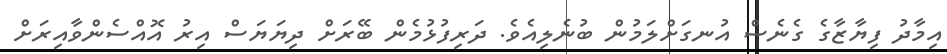
އިމާދު ފިޔާޒާގެ ގެނެސް އުނގަށްލަމުން ބުނެލިއެވެ. ދަރިފުޅުމެން ބޭރަށް ދިޔަޔަސް އިރު އޮއްސެންވާއިރަށް